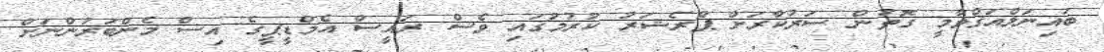
ބައިނަލްއަޤްވާމީ ގޮތުން ސަރުކާރަށް ޕްރެޝަރު ކުރުމުގައި ވެސް ރައީސް އެމްޑީޕީގެ އިސް މެންބަރުންނަށް